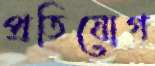
প্রতিযোগ